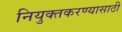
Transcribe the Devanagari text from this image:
नियुक्तकरण्यासाठी